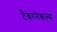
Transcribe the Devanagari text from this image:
टैबरनेकल्स